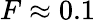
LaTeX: F\approx 0.1